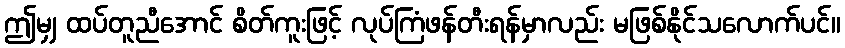
ဤမျှ ထပ်တူညီအောင် စိတ်ကူးဖြင့် လုပ်ကြံဖန်တီးရန်မှာလည်း မဖြစ်နိုင်သလောက်ပင်။